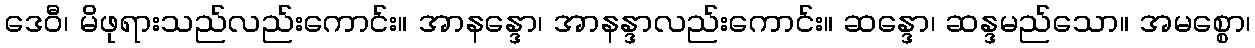
ဒေဝီ၊ မိဖုရားသည်လည်းကောင်း။ အာနန္ဒော၊ အာနန္ဒာလည်းကောင်း။ ဆန္ဒော၊ ဆန္ဒမည်သော။ အမစ္စော၊